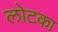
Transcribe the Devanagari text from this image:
लोटका